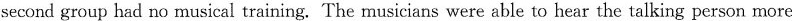
second group had no musical training. The musicians were able to hear the talking person more